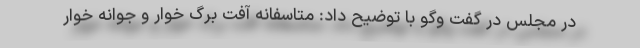
در مجلس در گفت وگو با توضیح داد: متاسفانه آفت برگ خوار و جوانه خوار